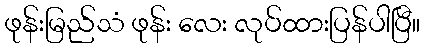
ဖုန်းမြည်သံ ဖုန်း လေး လုပ်ထားပြန်ပါပြီ။